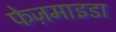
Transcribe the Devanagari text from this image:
फेज़माइडा